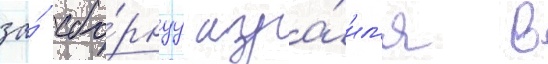
за́ сбо́рнуу изра́ил'я в